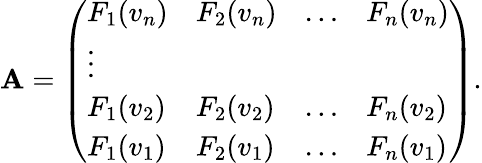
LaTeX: \mathbf{A}=\left(\begin{array}{llll}{F_{1}(v_{n})}&{F_{2}(v_{n})}&{\ldots}&{F_{n}(v_{n})}\\ {\vdots}\\ {F_{1}(v_{2})}&{F_{2}(v_{2})}&{\ldots}&{F_{n}(v_{2})}\\ {F_{1}(v_{1})}&{F_{2}(v_{1})}&{\ldots}&{F_{n}(v_{1})}\end{array}\right).